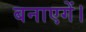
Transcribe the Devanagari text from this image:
बनाएगें।